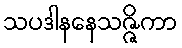
သပဒါနနေသဇ္ဇိကာ